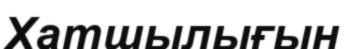
Хатшылығын